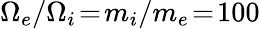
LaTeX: \Omega_{e}/\Omega_{i}\! =\! m_{i}/m_{e}\! =\! 100